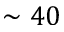
\sim 4 0